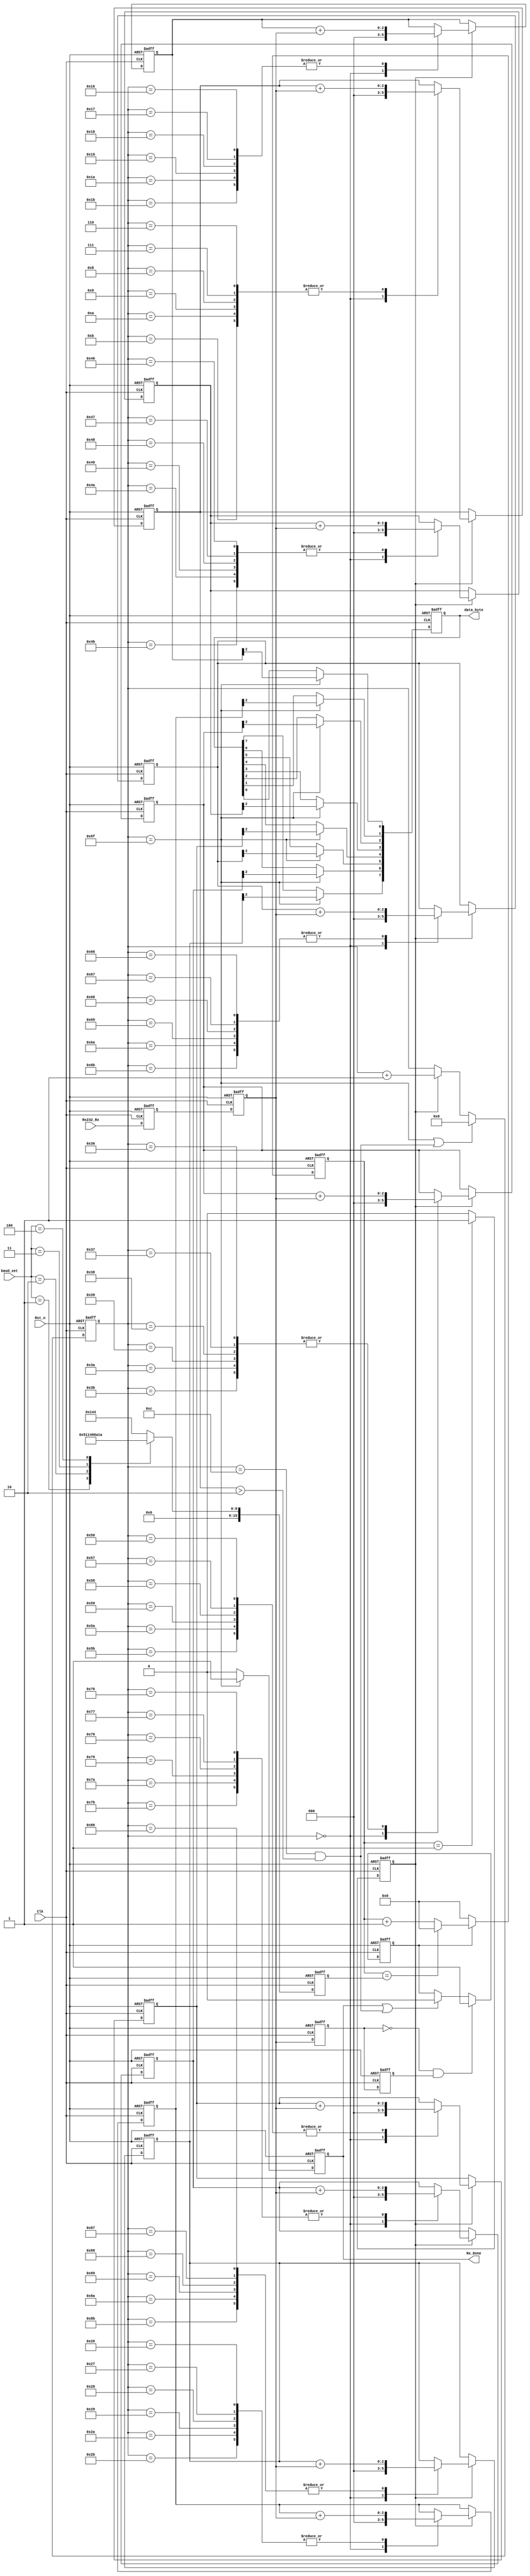
/***************************************************
*	Module Name		:	uart_byte_rx		   
*	Engineer		   :	
*	Target Device	:	EP4CE10F17C8
*	Tool versions	:	Quartus II 13.0
*	Revision		   :	v1.0
*	Description		:  
**************************************************/

module uart_byte_rx(
			Clk,        //50M
			Rst_n,      //
			baud_set,   //
			Rs232_Rx,   //RS232
			 
			data_byte,  //
			Rx_Done     //
		);

	input Clk;
	input Rst_n;
	input [2:0]baud_set;
	input Rs232_Rx;
	
	output reg [7:0]data_byte;
	output reg Rx_Done;
	
	reg s0_Rs232_Rx,s1_Rs232_Rx;//
	
	reg tmp0_Rs232_Rx,tmp1_Rs232_Rx;//
	
	reg [15:0]bps_DR;//
	reg [15:0]div_cnt;//
	reg bps_clk;//
	reg [7:0]bps_cnt;
	
	reg uart_state;
	
	reg [2:0] r_data_byte [7:0];
	//reg [7:0] tmp_data_byte;
	reg [2:0] START_BIT,STOP_BIT;
	
	wire nedege;
	
	//
	always@(posedge Clk or negedge Rst_n)
	if(!Rst_n)begin
		s0_Rs232_Rx <= 1'b0;
		s1_Rs232_Rx <= 1'b0;	
	end
	else begin
		s0_Rs232_Rx <= Rs232_Rx;
		s1_Rs232_Rx <= s0_Rs232_Rx;	
	end
	
	//
	always@(posedge Clk or negedge Rst_n)
	if(!Rst_n)begin
		tmp0_Rs232_Rx <= 1'b0;
		tmp1_Rs232_Rx <= 1'b0;	
	end
	else begin
		tmp0_Rs232_Rx <= s1_Rs232_Rx;
		tmp1_Rs232_Rx <= tmp0_Rs232_Rx;	
	end
	
	assign nedege = !tmp0_Rs232_Rx & tmp1_Rs232_Rx;
	
	always@(posedge Clk or negedge Rst_n)
	if(!Rst_n)
		bps_DR <= 16'd324;
	else begin
		case(baud_set)
			0:bps_DR <= 16'd324;
			1:bps_DR <= 16'd162;
			2:bps_DR <= 16'd80;
			3:bps_DR <= 16'd53;
			4:bps_DR <= 16'd26;
			default:bps_DR <= 16'd324;			
		endcase
	end
	
	//counter
	always@(posedge Clk or negedge Rst_n)
	if(!Rst_n)
		div_cnt <= 16'd0;
	else if(uart_state)begin
		if(div_cnt == bps_DR)
			div_cnt <= 16'd0;
		else
			div_cnt <= div_cnt + 1'b1;
	end
	else
		div_cnt <= 16'd0;
		
	// bps_clk gen
	always@(posedge Clk or negedge Rst_n)
	if(!Rst_n)
		bps_clk <= 1'b0;
	else if(div_cnt == 16'd1)
		bps_clk <= 1'b1;
	else
		bps_clk <= 1'b0;
	
	//bps counter
	always@(posedge Clk or negedge Rst_n)
	if(!Rst_n)	
		bps_cnt <= 8'd0;
	else if(bps_cnt == 8'd159 | (bps_cnt == 8'd12 && (START_BIT > 2)))
		bps_cnt <= 8'd0;
	else if(bps_clk)
		bps_cnt <= bps_cnt + 1'b1;
	else
		bps_cnt <= bps_cnt;

	always@(posedge Clk or negedge Rst_n)
	if(!Rst_n)
		Rx_Done <= 1'b0;
	else if(bps_cnt == 8'd159)
		Rx_Done <= 1'b1;
	else
		Rx_Done <= 1'b0;
		
//	always@(posedge Clk or negedge Rst_n)
//	if(!Rst_n)
//		data_byte <= 8'd0;
//	else if(bps_cnt == 8'd159)
//		data_byte <= tmp_data_byte;
//	else
//		data_byte <= data_byte;
		
		
	always@(posedge Clk or negedge Rst_n)
	if(!Rst_n)
		data_byte <= 8'd0;
	else if(bps_cnt == 8'd159)begin
		data_byte[0] <= r_data_byte[0][2];
		data_byte[1] <= r_data_byte[1][2];
		data_byte[2] <= r_data_byte[2][2];
		data_byte[3] <= r_data_byte[3][2];
		data_byte[4] <= r_data_byte[4][2];
		data_byte[5] <= r_data_byte[5][2];
		data_byte[6] <= r_data_byte[6][2];
		data_byte[7] <= r_data_byte[7][2];
	end	
		
	always@(posedge Clk or negedge Rst_n)
	if(!Rst_n)begin
		START_BIT = 3'd0;
		r_data_byte[0] <= 3'd0;
		r_data_byte[1] <= 3'd0;
		r_data_byte[2] <= 3'd0;
		r_data_byte[3] <= 3'd0;
		r_data_byte[4] <= 3'd0;
		r_data_byte[5] <= 3'd0;
		r_data_byte[6] <= 3'd0;
		r_data_byte[7] <= 3'd0;
		STOP_BIT = 3'd0;
	end
	else if(bps_clk)begin
		case(bps_cnt)
			0:begin
					START_BIT = 3'd0;
					r_data_byte[0] <= 3'd0;
					r_data_byte[1] <= 3'd0;
					r_data_byte[2] <= 3'd0;
					r_data_byte[3] <= 3'd0;
					r_data_byte[4] <= 3'd0;
					r_data_byte[5] <= 3'd0;
					r_data_byte[6] <= 3'd0;
					r_data_byte[7] <= 3'd0;
					STOP_BIT = 3'd0;			
				end
			6,7,8,9,10,11:START_BIT <= START_BIT + s1_Rs232_Rx;
			22,23,24,25,26,27:r_data_byte[0] <= r_data_byte[0] + s1_Rs232_Rx;
			38,39,40,41,42,43:r_data_byte[1] <= r_data_byte[1] + s1_Rs232_Rx;
			54,55,56,57,58,59:r_data_byte[2] <= r_data_byte[2] + s1_Rs232_Rx;
			70,71,72,73,74,75:r_data_byte[3] <= r_data_byte[3] + s1_Rs232_Rx;
			86,87,88,89,90,91:r_data_byte[4] <= r_data_byte[4] + s1_Rs232_Rx;
			102,103,104,105,106,107:r_data_byte[5] <= r_data_byte[5] + s1_Rs232_Rx;
			118,119,120,121,122,123:r_data_byte[6] <= r_data_byte[6] + s1_Rs232_Rx;
			134,135,136,137,138,139:r_data_byte[7] <= r_data_byte[7] + s1_Rs232_Rx;
			150,151,152,153,154,155:STOP_BIT <= STOP_BIT + s1_Rs232_Rx;
			default:
				begin
					START_BIT = START_BIT;
					r_data_byte[0] <= r_data_byte[0];
					r_data_byte[1] <= r_data_byte[1];
					r_data_byte[2] <= r_data_byte[2];
					r_data_byte[3] <= r_data_byte[3];
					r_data_byte[4] <= r_data_byte[4];
					r_data_byte[5] <= r_data_byte[5];
					r_data_byte[6] <= r_data_byte[6];
					r_data_byte[7] <= r_data_byte[7];
					STOP_BIT = STOP_BIT;						
				end
		endcase
	end
	
	always@(posedge Clk or negedge Rst_n)
	if(!Rst_n)
		uart_state <= 1'b0;
	else if(nedege)
		uart_state <= 1'b1;
	else if(Rx_Done || (bps_cnt == 8'd12 && (START_BIT > 2)))
		uart_state <= 1'b0;
	else
		uart_state <= uart_state;		

endmodule